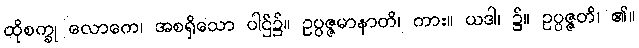
ထိုစက္ခု လောကေ၊ အစရှိသော ပါဌ်၌။ ဥပ္ပဇ္ဇမာနာတိ၊ ကား။ ယဒါ၊ ၌။ ဥပ္ပဇ္ဇတိ၊ ၏။